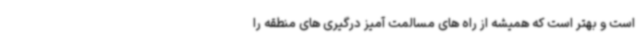
است و بهتر است که همیشه از راه های مسالمت آمیز درگیری های منطقه را